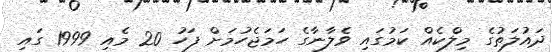
ދައުލަތުގެ މިލްކެއް ކަމުގައި ވެލާނާގެ ހަމަޖެހުމަށް ފަހު 20 މެއި 1999 ގައި